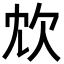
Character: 𣢌